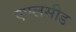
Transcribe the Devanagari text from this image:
एप्प्लसीड